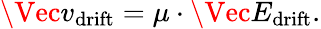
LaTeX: \Vec{v}_{\mathrm{{drift}}}=\mu\cdot\Vec{E}_{\mathrm{{drift}}}.